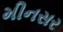
મીનસર